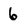
Character: 6